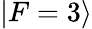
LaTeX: \vert F=3\rangle